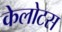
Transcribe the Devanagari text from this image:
केलोटस